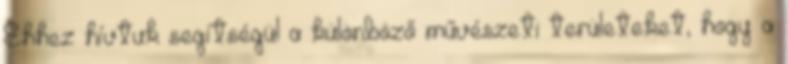
Ehhez hívtuk segítségül a különböző művészeti területeket, hogy a